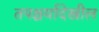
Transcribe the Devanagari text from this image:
तपश्चर्यादेखील